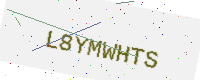
Text: L8YMWHTS